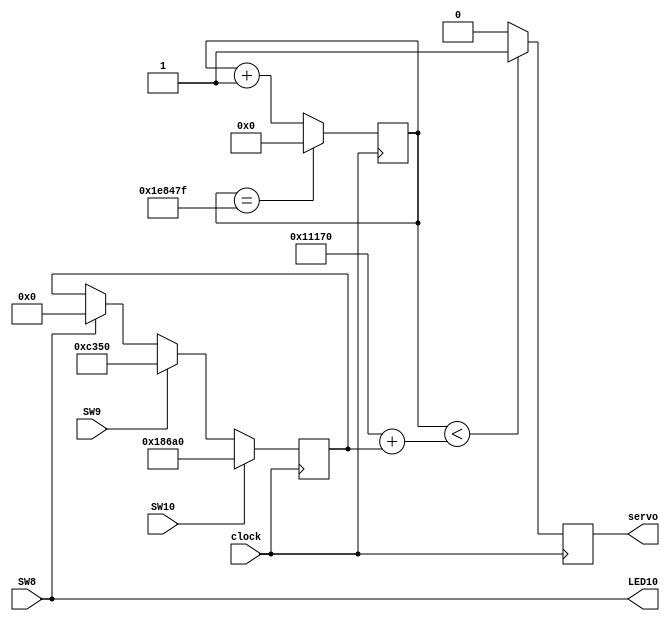
`timescale 1ns / 1ps

module servo_controller(
    input clock, SW8, SW9, SW10,
    output servo, LED10
);
    reg [21:0] counter;
    reg servo_reg;
    reg [17:0] control = 0;
    reg toggle = 1;
    
    
    always @(posedge clock) begin
        counter <= counter  + 1;
        if (counter == 'd1999999) 
            counter <= 0;
        if(counter < ('d70000 + control)) 
            servo_reg <= 1;
        else
            servo_reg <= 0;

        if (SW8)
        control <= 'd0;
        if (SW9)
        control <= 'd50000; // 45 degrees
        if (SW10)
        control <= 'd100000; // 135 degrees
        
    end

 assign servo = servo_reg;
 assign LED10 = SW8;
    
endmodule